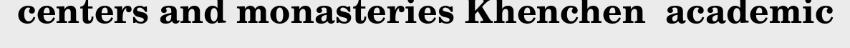
centers and monasteries Khenchen  academic